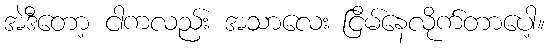
အဲဒီတော့ ငါကလည်း အသာလေး ငြိမ်နေလိုက်တာပေါ့။